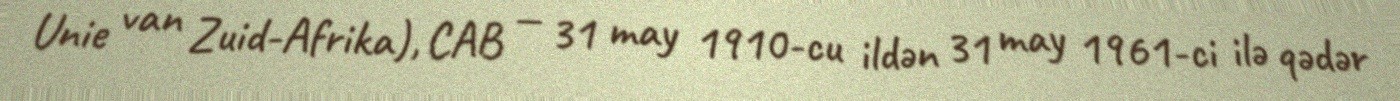
Unie van Zuid-Afrika), CAB — 31 may 1910-cu ildən 31 may 1961-ci ilə qədər